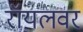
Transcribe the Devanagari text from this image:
रॉयलवर